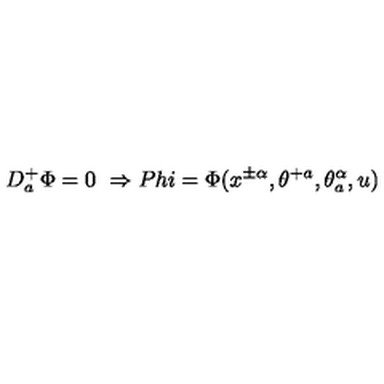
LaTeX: D _ { a } ^ { + } \Phi = 0 \ \Rightarrow P h i = \Phi ( x ^ { \pm \alpha } , \theta ^ { + a } , \theta _ { a } ^ { \alpha } , u )